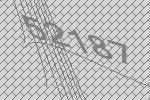
52187